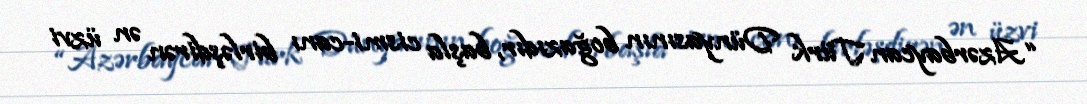
“Azərbaycan Türk Dünyasının boğazıdır, başla cismi-canı birləşdirən ən üzvi